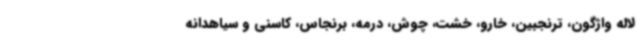
لاله واژگون، ترنجبین، خارو، خشت، چوش، درمه، برنجاس، کاسنی و سیاهدانه